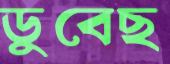
ডুবেছ